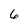
Character: 6